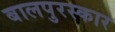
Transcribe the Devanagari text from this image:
बालपुरस्कार